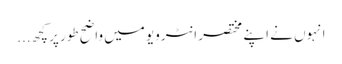
انہوں نے اپنے مختصر انٹرویو میں واضح طور پر کچھ...